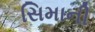
સિમાની